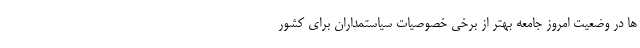
ها در وضعیت امروز جامعه بهتر از برخی خصوصیات سیاستمداران برای کشور